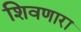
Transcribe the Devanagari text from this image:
शिवणारा